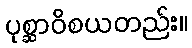
ပုစ္ဆာဝိစယတည်း။